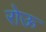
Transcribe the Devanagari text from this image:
रोऊ